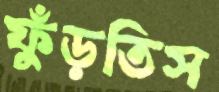
ফুঁড়তিস